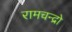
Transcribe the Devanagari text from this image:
रामचन्द्रो